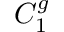
C _ { 1 } ^ { g }